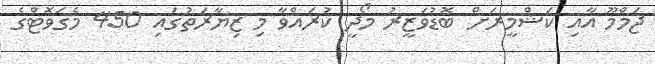
ޖަމްމޫ އާއި ކަޝްމީރަށް ބޮޑުވަޒީރު މޯދީ ކުރައްވާ މި ޒިޔާރަތުގައި 450 މެގަވޮޓްގެ